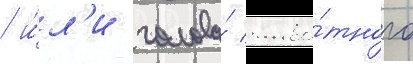
/ и́л'и голова́ живо́тного